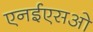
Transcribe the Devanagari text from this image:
एनईएसओ